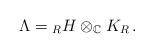
LaTeX: \begin{align*}\Lambda={}_RH\otimes_{\mathbb C} K_R\,.\end{align*}